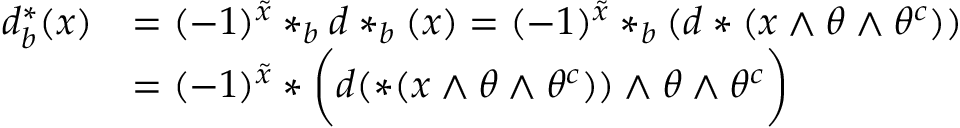
\begin{array} { r l } { d _ { b } ^ { * } ( x ) } & { = ( - 1 ) ^ { \tilde { x } } * _ { b } d * _ { b } ( x ) = ( - 1 ) ^ { \tilde { x } } * _ { b } ( d * ( x \wedge \theta \wedge \theta ^ { c } ) ) } \\ & { = ( - 1 ) ^ { \tilde { x } } * \bigg ( d ( * ( x \wedge \theta \wedge \theta ^ { c } ) ) \wedge \theta \wedge \theta ^ { c } \bigg ) } \end{array}